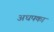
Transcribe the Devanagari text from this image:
अधपका